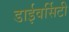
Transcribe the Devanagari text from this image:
डाईवर्सिटी